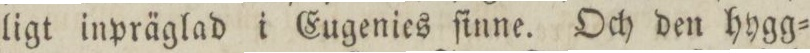
ligt inpräglad i Eugenies ſinne. Och den hygg=